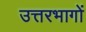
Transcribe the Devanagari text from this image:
उत्तरभागों